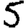
Digit: 5